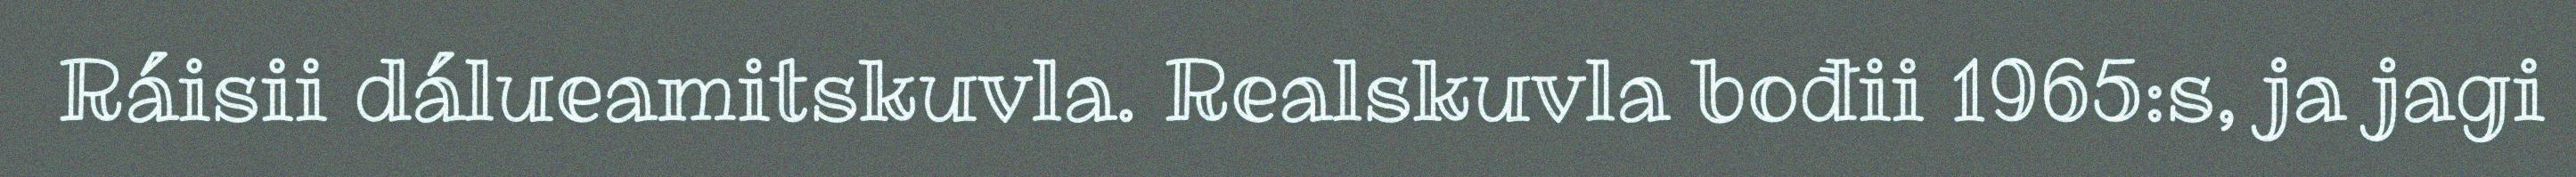
Ráisii dálueamitskuvla. Realskuvla bođii 1965:s, ja jagi